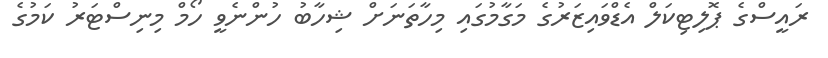
ރައީސްގެ ޕޮލިޓިކަލް އެޑްވައިޒަރުގެ މަގާމުގައި މިހާތަނަށް ޝިހާބު ހުންނެވީ ހޯމް މިނިސްޓަރު ކަމުގެ